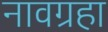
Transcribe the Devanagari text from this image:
नावग्रहा